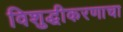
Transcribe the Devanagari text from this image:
विशुद्धीकरणाचा